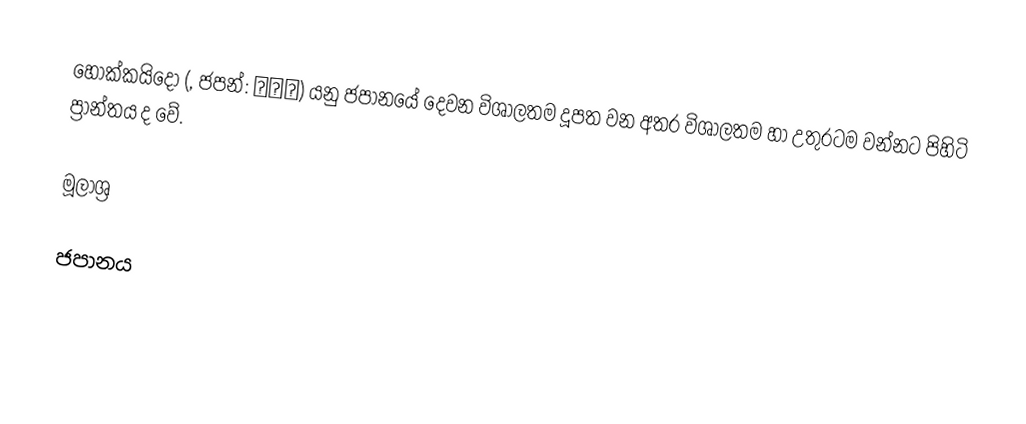
හොක්කයිදෝ (, ජපන්: 北海道) යනු ජපානයේ දෙවන විශාලතම දූපත වන අතර විශාලතම හා උතුරටම වන්නට පිහිටි ප්‍රාන්තය ද වේ.

මූලාශ්‍ර

ජපානය